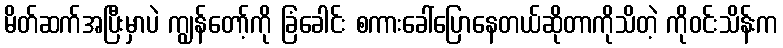
မိတ်ဆက်အပြီးမှာပဲ ကျွန်တော့်ကို ခြံခေါင်း စကားခေါ်ပြောနေတယ်ဆိုတာကိုသိတဲ့ ကိုဝင်းသိန်းက